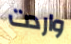
واردت